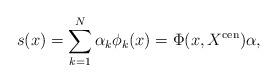
LaTeX: \begin{align*} s(x) = \sum_{k=1}^N \alpha_k \phi_k(x) = \Phi(x, X^{\mathrm{cen}}) \alpha,\end{align*}